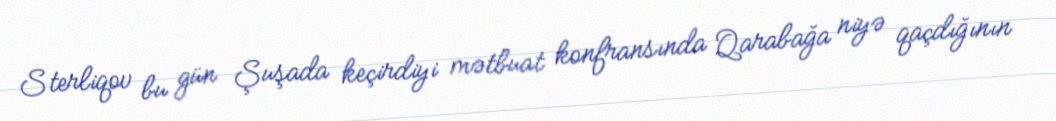
Sterliqov bu gün Şuşada keçirdiyi mətbuat konfransında Qarabağa niyə qaçdığının